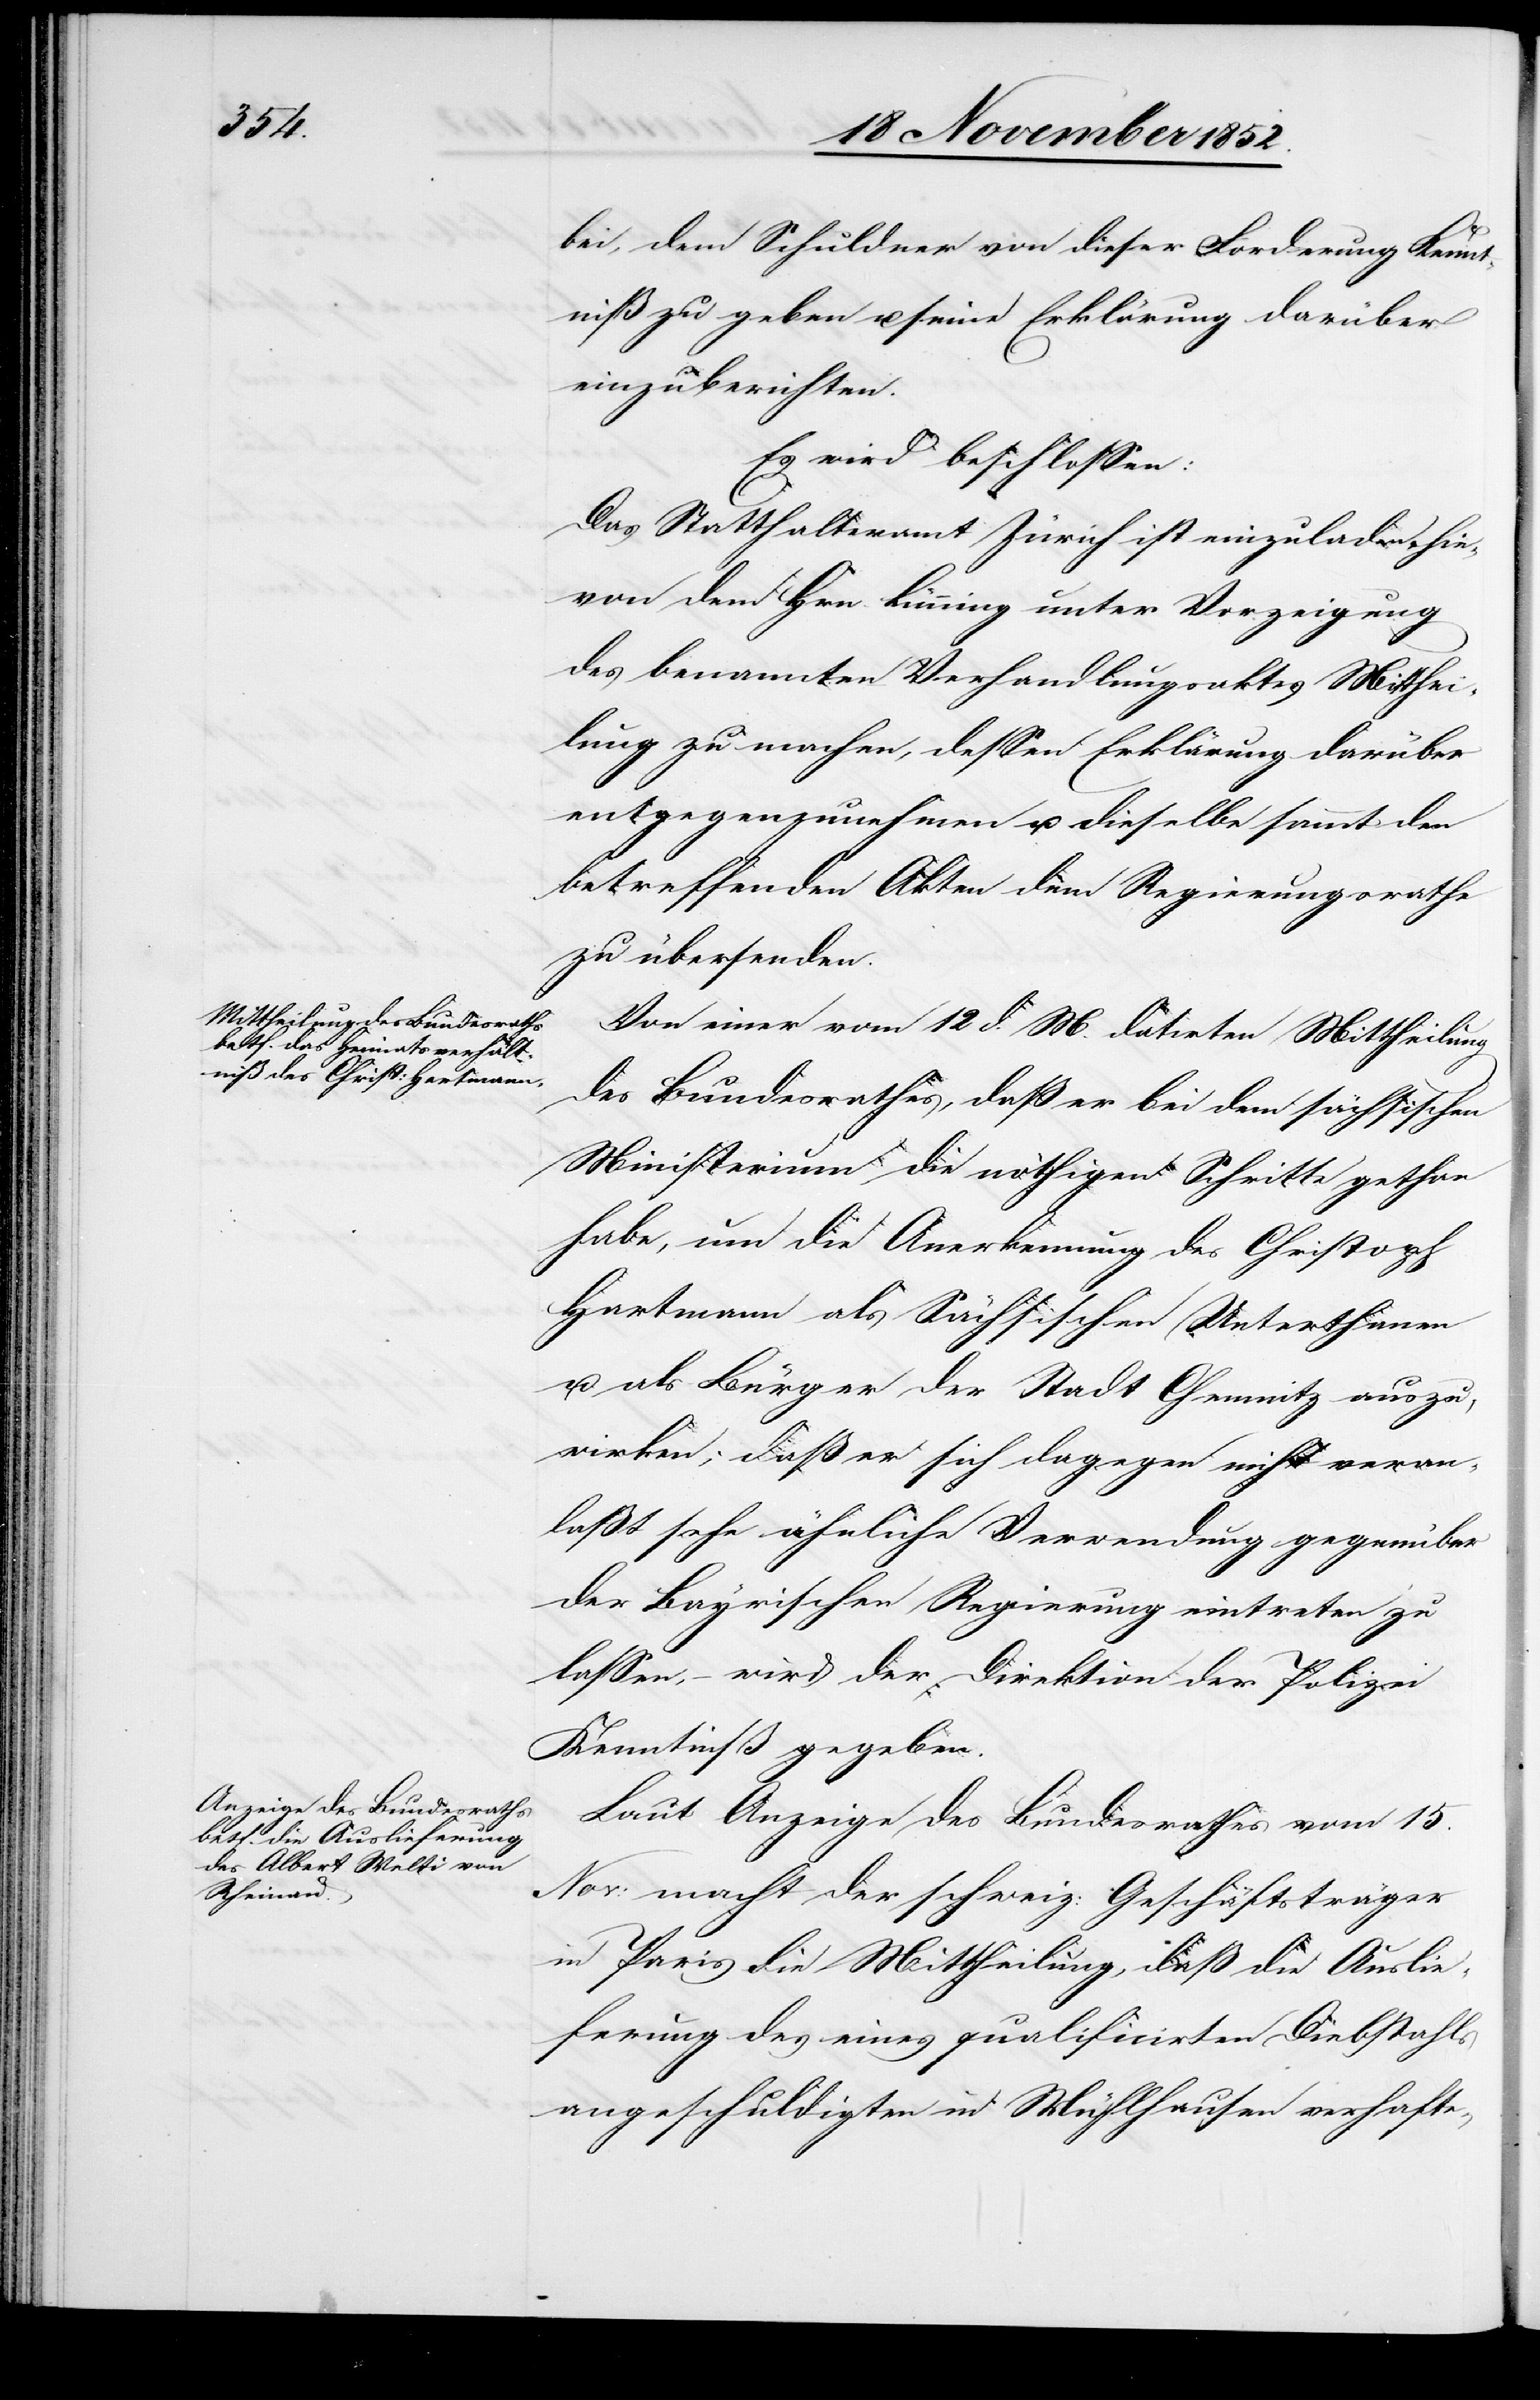
bei, dem Schuldner von dieser Forderung Kennt¬
niß zu geben u. seine Erklärung darüber
einzuberichten.
Es wird beschlossen:
Das Statthalteramt Zürich ist einzuladen, hie¬
von dem Hrn. Lünning unter Vorzeigung
des benannten Verhandlungsaktes Mitthei¬
lung zu machen, dessen Erklärung darüber
entgegenzunehmen u. dieselbe sammt den
betreffenden Akten dem Regierungsrathe
zu übersenden.
Von einer vom 12 d. M. datirten Mittheilung
des Bundesrathes, daß er bei dem sächsischen
Ministerium die nöthigen Schritte gethan
habe, um die Anerkennung des Christoph
Hartmann als Sächsischen Unterthanen
u. als Bürger der Stadt Chemnitz auszu¬
wirken; daß er sich dagegen nicht veran¬
laßt sehe ähnliche Verwendung gegenüber
der Bayrischen Regierung eintreten zu
lassen, – wird der Direktion der Polizei
Kenntniß gegeben.
Laut Anzeige des Bundesrathes vom 15.
Nov: macht der schweiz: Geschäftsträger
in Paris die Mittheilung, daß die Auslie¬
ferung des eines qualificirten Diebstahls
angeschuldigten in Mühlhausen verhafte-